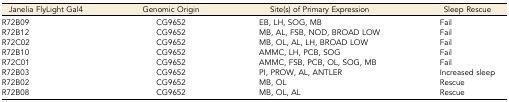
<table><thead><tr><td><b>Janelia FlyLight Gal4</b></td><td><b>Genomic Origin</b></td><td><b>Site(s) of Primary Expression</b></td><td><b>Sleep Rescue</b></td></tr></thead><tbody><tr><td>R72B09</td><td>CG9652</td><td>EB, LH, SOG, MB</td><td>Fail</td></tr><tr><td>R72B12</td><td>CG9652</td><td>MB, AL, FSB, NOD, BROAD LOW</td><td>Fail</td></tr><tr><td>R72C02</td><td>CG9652</td><td>MB, OL, AL, LH, BROAD LOW</td><td>Fail</td></tr><tr><td>R72B10</td><td>CG9652</td><td>AMMC, LH, PCB, SOG</td><td>Fail</td></tr><tr><td>R72C01</td><td>CG9652</td><td>AMMC, FSB, PCB, OL, SOG, MB</td><td>Fail</td></tr><tr><td>R72B03</td><td>CG9652</td><td>PI, PROW, AL, ANTLER</td><td>Increased sleep</td></tr><tr><td>R72B02</td><td>CG9652</td><td>MB, OL</td><td>Rescue</td></tr><tr><td>R72B08</td><td>CG9652</td><td>MB, OL, AL</td><td>Rescue</td></tr></tbody></table>